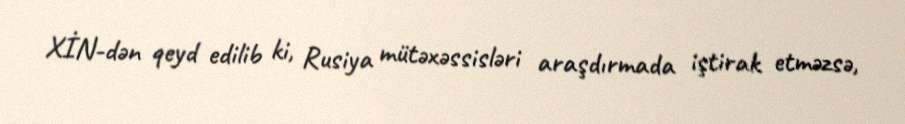
XİN-dən qeyd edilib ki, Rusiya mütəxəssisləri araşdırmada iştirak etməzsə,